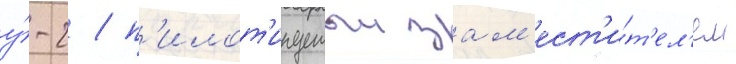
у́-2 / п'илот'ируемыи зам'ест'и́т'ел'ем